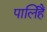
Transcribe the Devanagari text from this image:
पालिहैं